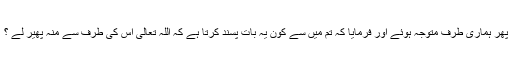
پھر ہماری طرف متوجہ ہوئے اور فرمایا کہ تم میں سے کون یہ بات پسند کرتا ہے کہ اللہ تعالیٰ اس کی طرف سے منہ پھیر لے ؟